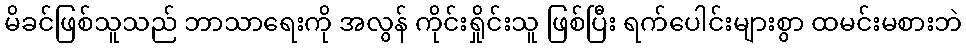
မိခင်ဖြစ်သူသည် ဘာသာရေးကို အလွန် ကိုင်းရှိုင်းသူ ဖြစ်ပြီး ရက်ပေါင်းများစွာ ထမင်းမစားဘဲ